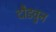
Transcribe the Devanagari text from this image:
दौडवुन